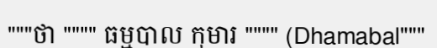
"""ថា """" ធម្មបាល កុមារ """" (Dhamabal"""